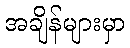
အချိန်များမှာ